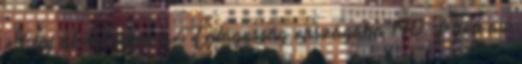
Lépj át örömben a Világosság országába 140. Eljön az